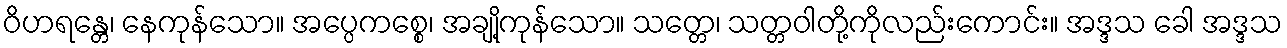
ဝိဟရန္တေ၊ နေကုန်သော။ အပ္ပေကစ္စေ၊ အချို့ကုန်သော။ သတ္တေ၊ သတ္တဝါတို့ကိုလည်းကောင်း။ အဒ္ဒသ ခေါ အဒ္ဒသ